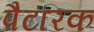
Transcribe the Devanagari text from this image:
पैटरिक